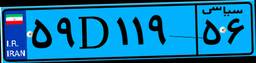
۵۹D۱۱۹۵۶